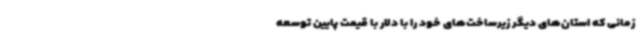
زمانی که استان‌های دیگر زیرساخت‌های خود را با دلار با قیمت پایین توسعه